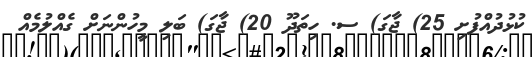
ކުޅުދުއްފުށި 25) ޖާގަ) ސ. ހިތަދޫ 20) ޖާގަ) ބަލި މީހުންނަށް ގެއްލުމެއް